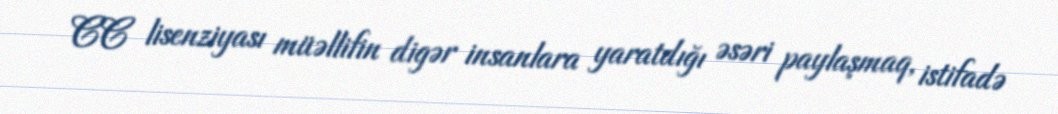
CC lisenziyası müəllifin digər insanlara yaratdığı əsəri paylaşmaq, istifadə